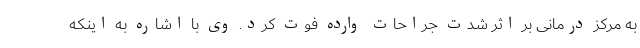
به مرکز درمانی بر اثر شدت جراحات وارده فوت کرد. وی با اشاره به اینکه